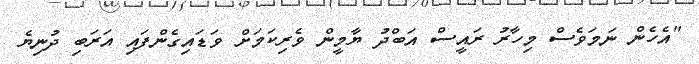
"އެހެން ނަމަވެސް މިހާރު ރައީސް އަބްދު ޔާމީން ވެރިކަމަށް ވަޑައިގެންފައި އަރަބި ދުނިޔެ